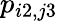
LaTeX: p_{i2,j3}